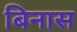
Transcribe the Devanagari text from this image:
बिनास